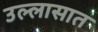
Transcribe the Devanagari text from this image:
उल्लासात